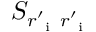
S _ { r _ { \mathrm { ~ i ~ } } ^ { \prime } r _ { \mathrm { ~ i ~ } } ^ { \prime } }